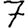
Digit: 7